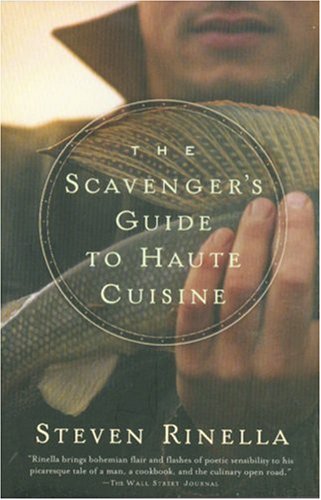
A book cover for The Scavenger's Guide to Haute Cuisine; Steve Rinella; Cookbooks, Food & Wine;